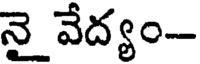
నై వేద్యం-